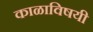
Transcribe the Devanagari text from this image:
काळाविषयी